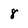
Character: 8